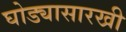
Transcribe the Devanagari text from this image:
घोड्यासारखी